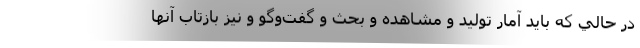
در حالي كه بايد آمار توليد و مشاهده و بحث و گفت‌وگو و نيز بازتاب آنها